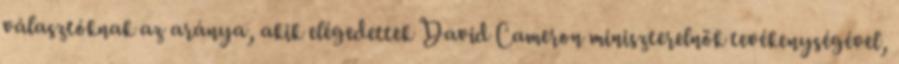
választóknak az aránya, akik elégedettek David Cameron miniszterelnök tevékenységével,